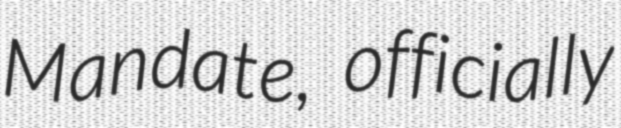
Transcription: Mandate, officially